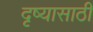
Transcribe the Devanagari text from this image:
दृष्यासाठी